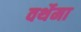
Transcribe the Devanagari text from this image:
वर्थेमा